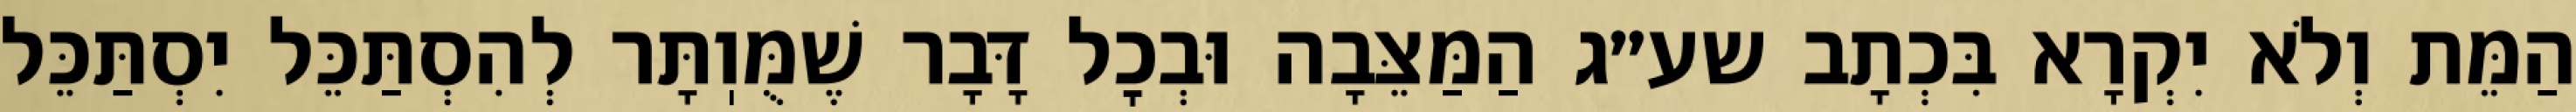
הַמֵּת וְלֹא יִקְרָא בִּכְתָב שע״ג הַמַּצֵּבָה וּבְכׇל דָּבָר שֶׁמֻּוֽתָּר לְהִסְתַּכֵּל יִסְתַּכֵּל